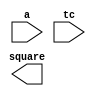
////////////////////////////////////////////////////////////////////////////////
//
//       This confidential and proprietary software may be used only
//     as authorized by a licensing agreement from Synopsys Inc.
//     In the event of publication, the following notice is applicable:
//
//                    (C) COPYRIGHT 1994 - 2023 SYNOPSYS INC.
//                           ALL RIGHTS RESERVED
//
//       The entire notice above must be reproduced on all authorized
//     copies.
//
//
// VERSION:   Verilog Simulation Architecture
//
// DesignWare_version: 02c2e62b
// DesignWare_release: U-2022.12-DWBB_202212.5
//
////////////////////////////////////////////////////////////////////////////////
//------------------------------------------------------------------------------
//
// ABSTRACT:  Integer square
//  RPH 07/17/2002 
//      Added X-processing and parameter checking
//---------------------------------------------------------------------------
module DW_square(a,tc,square);
parameter	integer width = 8;
input	[width-1:0]	a;
input			tc;
output	[width+width-1:0]	square;
wire	[width+width-1:0]	square;

wire	[width-1:0]	abs_a;
  // synopsys translate_off 
  //-------------------------------------------------------------------------
  // Parameter legality check
  //-------------------------------------------------------------------------

  
 
  initial begin : parameter_check
    integer param_err_flg;

    param_err_flg = 0;
    
    
    if (width < 1) begin
      param_err_flg = 1;
      $display(
	"ERROR: %m :\n  Invalid value (%d) for parameter width (lower bound: 1)",
	width );
    end
  
    if ( param_err_flg == 1) begin
      $display(
        "%m :\n  Simulation aborted due to invalid parameter value(s)");
      $finish;
    end

  end // parameter_check 

     

    assign	abs_a = (a[width-1])? (~a + 1'b1) : a;

    assign	square = ((^(a ^ a) !== 1'b0) || (^(tc ^ tc) !== 1'b0)) ? {width*2{1'bx}} :
			 tc == 1'b1 ? abs_a * abs_a : a * a ;
// synopsys translate_on
endmodule